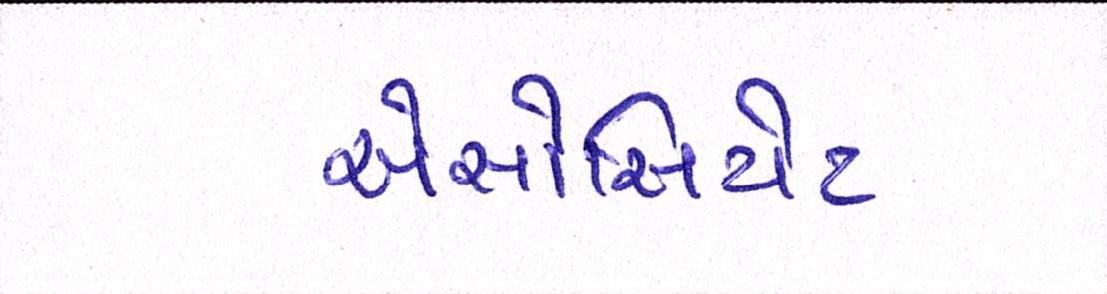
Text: એસોસિયેટ